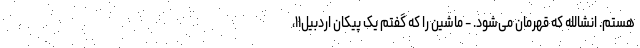
هستم. انشالله که قهرمان می‌شود. - ماشین را که گفتم یک پیکان اردبیل۱۱،